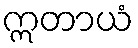
ဣတာယံ